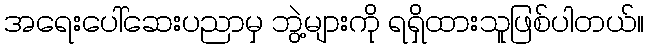
အရေးပေါ်ဆေးပညာမှ ဘွဲ့များကို ရရှိထားသူဖြစ်ပါတယ်။